Lock hospitals Punjab
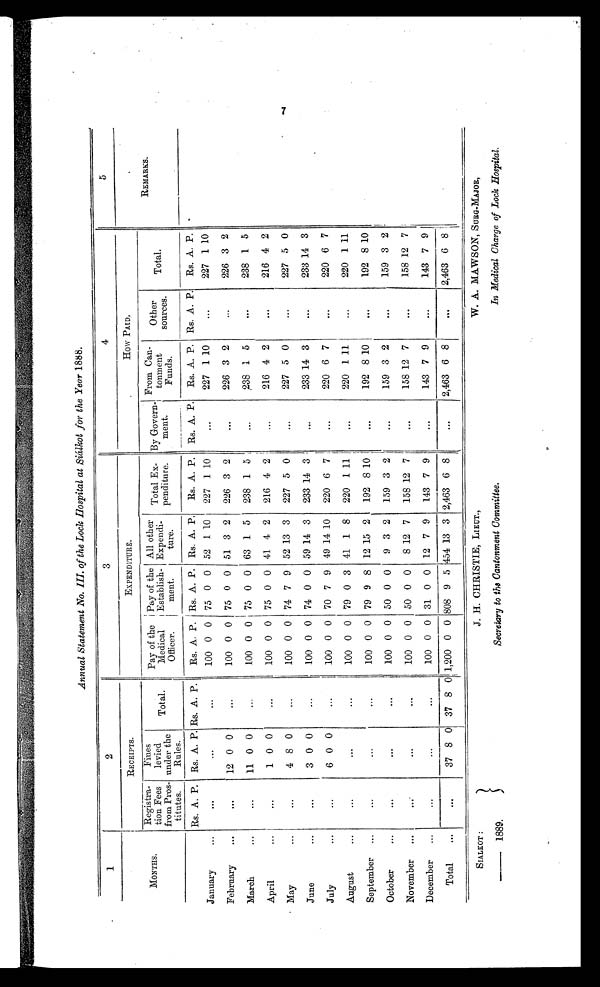
SIALKOT :
— 1889.
J. H. CHRISTIE, LIEUT.,
Secretary to the Cantonment Committee.
W. A. MAWSON, SURG-MAJOR,
In Medical Charge of Lock Hospital.
Annual Statement No. III. of the Lock Hospital at Siálkot for the Year 1888.
1
2
3
4
5
MONTHS.
RECEIPTS.
EXPENDITURE.
How PAID.
REMARKS
Registra-
tion Fees
from Pros-
titutes.
Fines
levied
under the
Rules.
Total.
Pay of the
Medical
Officer.
Pay of the
Establish-
ment.
All other
Expendi-
ture.
Total Ex-
p e n d i t u r e .
By Govern-
ment.
From Can-
tonment
Funds.
Other
sources.
Total.
Rs. A. P. Rs. A. P. Rs. A. P.
Rs. A. P. Rs. A. P. Rs. A. P. Rs. A. P. Rs. A. P. Rs. A. P. Rs. A. P. Rs. A. P.
January
...
...
...
...
100 0 0 75 0 0 52 1 10
227 1 10
. . .
227 1 10
...
227 1 10
February
...
. . .
12 0 0
...
100 0 0 75 0 0 51 3 2
226 3 2
. . .
226 3 2
. . .
226 3 2
March
...
...
11 0 0
...
100 0 00 75 0 0 63 1 5
238 1 5
. . .
238 1 5
. . .
238 1 5
April
...
...
1 0 0
...
100 0 0 75 0 0 41 4 2
216 4 2
. . .
216 4 2
. . .
216 4 2
May
...
...
4 8 0
...
100 0 0 74 7 9 52 13 3
227 5 0
. . .
227 5 0
...
227 5 0
June
. . .
. . .
3 0 0
. . .
100 0 0 74 0 0 59 14 3
233 14 3
. . .
233 14 3
...
233 14 3
July
...
. . .
6 0 0
...
100 0 0 70 7 9 49 14 10
220 6 7
...
220 6 7
...
220 6 7
August
...
...
...
...
100 0 0 79 0 3 41 1 8
220 1 11
. . .
220 1 11
...
220 1 11
September ...
...
...
. . .
100 0 0 79 9 8 12 15 2
192 8 10
. . .
192 8 10
...
192 8 10
October
...
. . .
. . .
...
100 0 0 50 0 0
9 3 2
159 3 2
...
159 3 2
. . .
159 3 2
November
...
. . .
...
...
100 0 0 50 0 0
8 12 7
158 12 7
. . .
158 12 7
. . .
158 12 7
December
...
. . .
...
...
100 0 0 31 0 0 12 7 9
143 7 9
...
143 7 9
...
143 7 9
Total
...
. . .
37 8 0 37 8
0 1,200 0 0 808 9 5 454 13 3 2,463 6 8
...
2,463 6 8
. . .
2,463 6 8
7